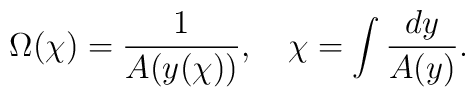
\Omega(\chi) = \frac{1}{A(y(\chi))},\hspace{1em}  \chi = \int \frac{dy}{A(y)}.